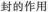
封的作用